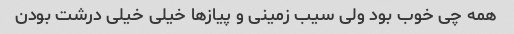
همه چی خوب بود ولی سیب زمینی و پیاز‌ها خیلی خیلی درشت بودن